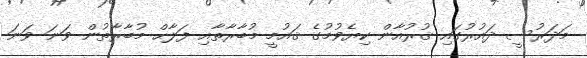
މަދަރުސީ ދައުރުގައި ޤުރުއާން ކިޔެވުމުގެ ޤައުމީ މުބާރާތާއި ފަލާޙް މުބާރާތުން ވަނަ ވަނަ